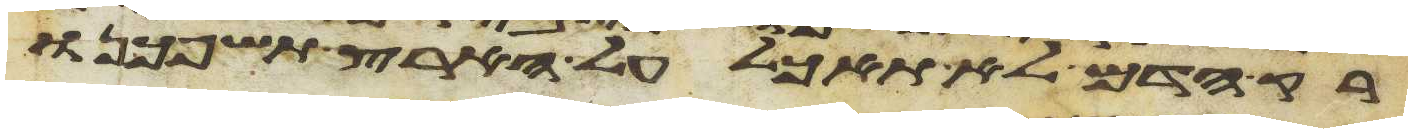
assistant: רק הדם לא תאכל על הארץ תשפכנו